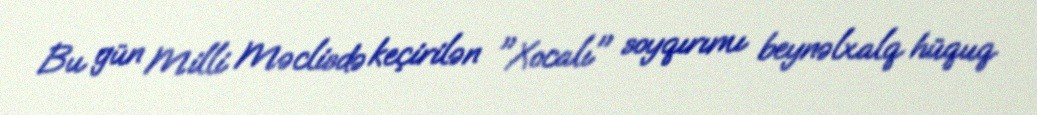
Bu gün Milli Məclisdə keçirilən "Xocalı" soyqırımı beynəlxalq hüquq